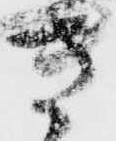
き